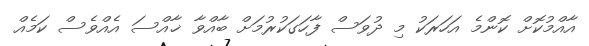
އާއްމުކޮށް ކޮންމެ އަހަރަކު މި ދުވަސް ފާހަގަކުރުމަށް ބާއްވާ ޚާއްސަ އެއްވެސް ކަމެއް